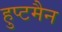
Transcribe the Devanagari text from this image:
हुप्टमैन